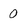
Character: 0